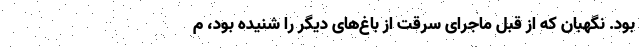
بود. نگهبان که از قبل ماجرای سرقت از باغ‌های دیگر را شنیده بود، م